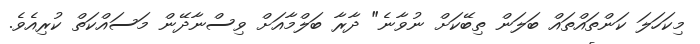
މިކަހަލަ ކަންތައްތައް ބަލަން ތިބޭކަށް ނުވާނެ" ދާރާ ބަލްމާއަށް ވިސްނާދޭން މަސައްކަތް ކުރިއެވެ.